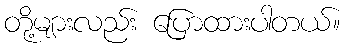
တို့များလည်း ပြောထားပါတယ်။